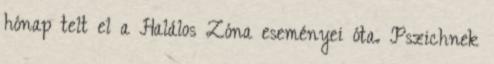
hónap telt el a Halálos Zóna eseményei óta. Pszichnek